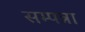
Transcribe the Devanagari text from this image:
सम्पन्ना